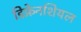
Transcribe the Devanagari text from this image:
डिफ्रेनशियल